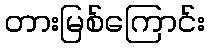
တားမြစ်ကြောင်း